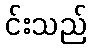
င်းသည်